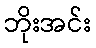
ဘိုးအင်း